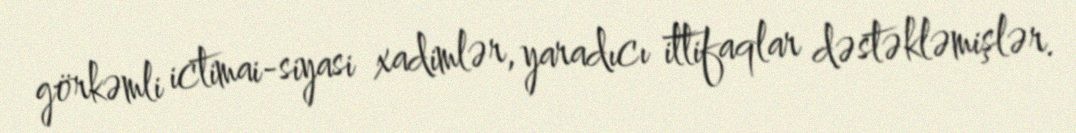
görkəmli ictimai‐siyasi xadimlər, yaradıcı ittifaqlar dəstəkləmişlər.